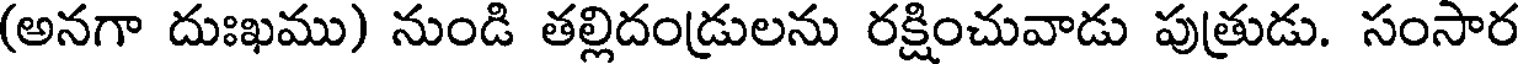
(అనగా దుఃఖము) నుండి తల్లిదండ్రులను రక్షించువాడు పుత్రుడు. సంసార